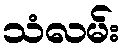
သံလမ်း